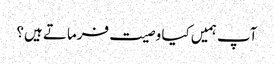
آپ ہمیں کیا وصیت فرماتے ہیں؟